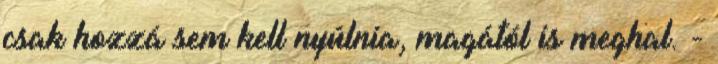
csak hozzá sem kell nyúlnia, magától is meghal. -